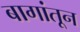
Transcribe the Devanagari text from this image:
बागांतून